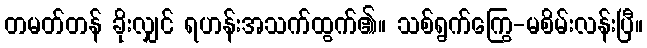
တမတ်တန် ခိုးလျှင် ရဟန်းအသက်ထွက်၏။ သစ်ရွက်ကြွေ-မစိမ်းလန်းပြီ။